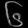
Digit: ၆